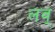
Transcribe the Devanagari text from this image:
लव्